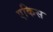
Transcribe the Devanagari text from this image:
एकिस